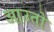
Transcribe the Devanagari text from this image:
आउतो